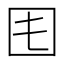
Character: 𡆰